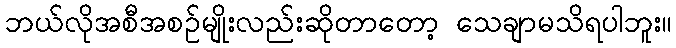
ဘယ်လိုအစီအစဉ်မျိုးလည်းဆိုတာတော့ သေချာမသိရပါဘူး။